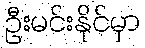
ဦးမင်းနိုင်မှာ